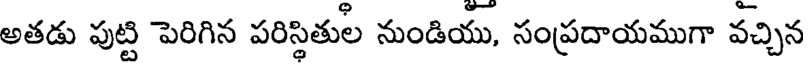
అతడు పుట్టి పెరిగిన పరిస్థితుల నుండియు, సంప్రదాయముగా వచ్చిన